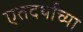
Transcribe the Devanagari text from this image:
एतदर्थाच्या